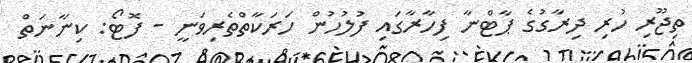
ތިޖޫރި ހުރި ދިރާގުގެ ޕާޓްނާ ފިހާރާގައި ފުލުހުން ހަރަކާތްތެރިވަނީ - ފޮޓޯ: ކިނާނަތް